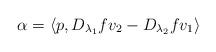
LaTeX: \begin{align*}\alpha=\langle p, D_{\lambda_1}f v_2-D_{\lambda_2}f v_1\rangle\end{align*}